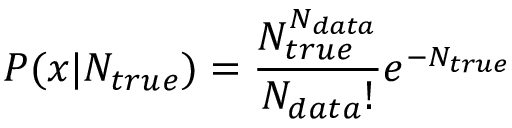
P ( x | N _ { t r u e } ) = \frac { N _ { t r u e } ^ { N _ { d a t a } } } { N _ { d a t a } ! } e ^ { - N _ { t r u e } }